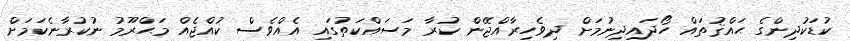
ކުޑަކުދިންގެ ޙައްޤުތައް ހޯދައިދިނުމަށް ދިވެހިރާއްޖޭން ކުރާ މަސައްކަތުގައި އެއްވެސް ކުއްޖެއް މަޙްރޫމު ނުކުރާނެކަމަށް